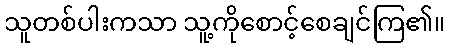
သူတစ်ပါးကသာ သူ့ကိုစောင့်စေချင်ကြ၏။